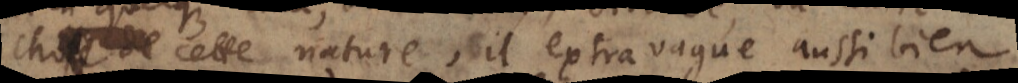
de cette nature, il extravague aussi bien